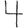
Digit: 4